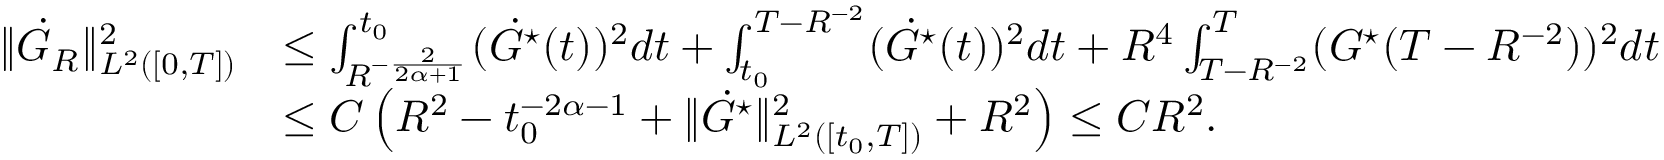
\begin{array} { r l } { \| \dot { G } _ { R } \| _ { L ^ { 2 } ( [ 0 , T ] ) } ^ { 2 } } & { \le \int _ { R ^ { - \frac { 2 } { 2 \alpha + 1 } } } ^ { t _ { 0 } } ( \dot { G } ^ { \star } ( t ) ) ^ { 2 } d t + \int _ { t _ { 0 } } ^ { T - R ^ { - 2 } } ( \dot { G } ^ { \star } ( t ) ) ^ { 2 } d t + R ^ { 4 } \int _ { T - R ^ { - 2 } } ^ { T } ( G ^ { \star } ( T - R ^ { - 2 } ) ) ^ { 2 } d t } \\ & { \le C \left( R ^ { 2 } - t _ { 0 } ^ { - 2 \alpha - 1 } + \| \dot { G } ^ { \star } \| _ { L ^ { 2 } ( [ t _ { 0 } , T ] ) } ^ { 2 } + R ^ { 2 } \right) \le C R ^ { 2 } . } \end{array}